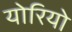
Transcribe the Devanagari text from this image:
योरियो